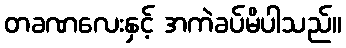
တခဏလေးနှင့် အကဲခပ်မိပါသည်။